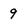
Character: 9